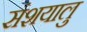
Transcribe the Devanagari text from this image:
संशयालु